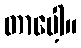
တာပေါ့။